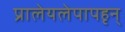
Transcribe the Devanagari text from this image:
प्रालेयलेपापहृन्